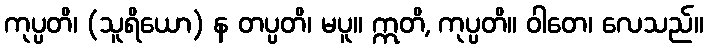
ကုပ္ပတိ၊ (သူရိယော) န တပ္ပတိ၊ မပူ။ ဣတိ, ကုပ္ပတိ။ ဝါတေ၊ လေသည်။